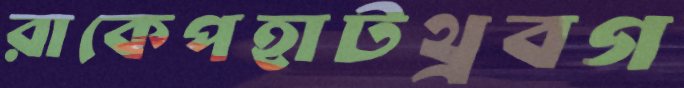
রাকেপহাটথ্রবগ